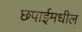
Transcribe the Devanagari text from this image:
छपाईमधील